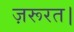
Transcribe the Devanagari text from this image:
ज़रूरत।